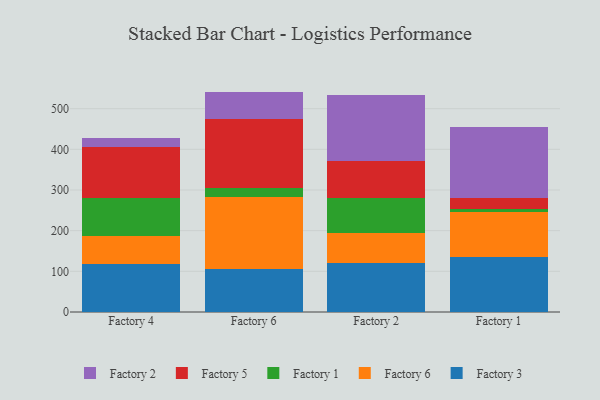
{"axis": {"x": "Factory", "y": "Demand Index"}, "legend": ["Factory 1", "Factory 2", "Factory 3", "Factory 5", "Factory 6"], "data": [{"x": "Factory 4", "y": 117.6, "type": "Factory 3"}, {"x": "Factory 4", "y": 70.1, "type": "Factory 6"}, {"x": "Factory 4", "y": 92.4, "type": "Factory 1"}, {"x": "Factory 4", "y": 125.1, "type": "Factory 5"}, {"x": "Factory 4", "y": 23.5, "type": "Factory 2"}, {"x": "Factory 6", "y": 106.6, "type": "Factory 3"}, {"x": "Factory 6", "y": 176.0, "type": "Factory 6"}, {"x": "Factory 6", "y": 22.1, "type": "Factory 1"}, {"x": "Factory 6", "y": 169.1, "type": "Factory 5"}, {"x": "Factory 6", "y": 68.2, "type": "Factory 2"}, {"x": "Factory 2", "y": 120.8, "type": "Factory 3"}, {"x": "Factory 2", "y": 72.4, "type": "Factory 6"}, {"x": "Factory 2", "y": 88.3, "type": "Factory 1"}, {"x": "Factory 2", "y": 90.4, "type": "Factory 5"}, {"x": "Factory 2", "y": 161.1, "type": "Factory 2"}, {"x": "Factory 1", "y": 134.5, "type": "Factory 3"}, {"x": "Factory 1", "y": 110.4, "type": "Factory 6"}, {"x": "Factory 1", "y": 8.3, "type": "Factory 1"}, {"x": "Factory 1", "y": 26.9, "type": "Factory 5"}, {"x": "Factory 1", "y": 174.7, "type": "Factory 2"}]}